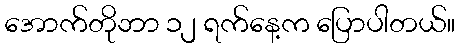
အောက်တိုဘာ ၁၂ ရက်နေ့က ပြောပါတယ်။